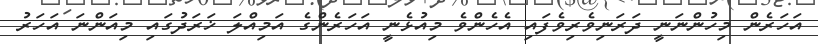
އަހަރެން މިހުންނަނީ ދަރަނިވެރިވެފައި އެހެންވެ މިއުޅެނީ އަހަރެންގެ އަމިއްލަ ޚަރަދުގައި މިއަންނަ އަހަރު